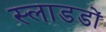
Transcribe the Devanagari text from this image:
स्लाडडों